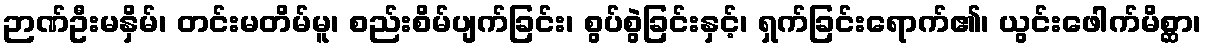
ဉာဏ်ဦးမနှိမ်၊ တင်းမတိမ်မူ၊ စည်းစိမ်ပျက်ခြင်း၊ စွပ်စွဲခြင်းနှင့်၊ ရှက်ခြင်းရောက်၏၊ ယွင်းဖေါက်မိစ္ဆာ၊